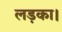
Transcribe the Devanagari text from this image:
लड़का।